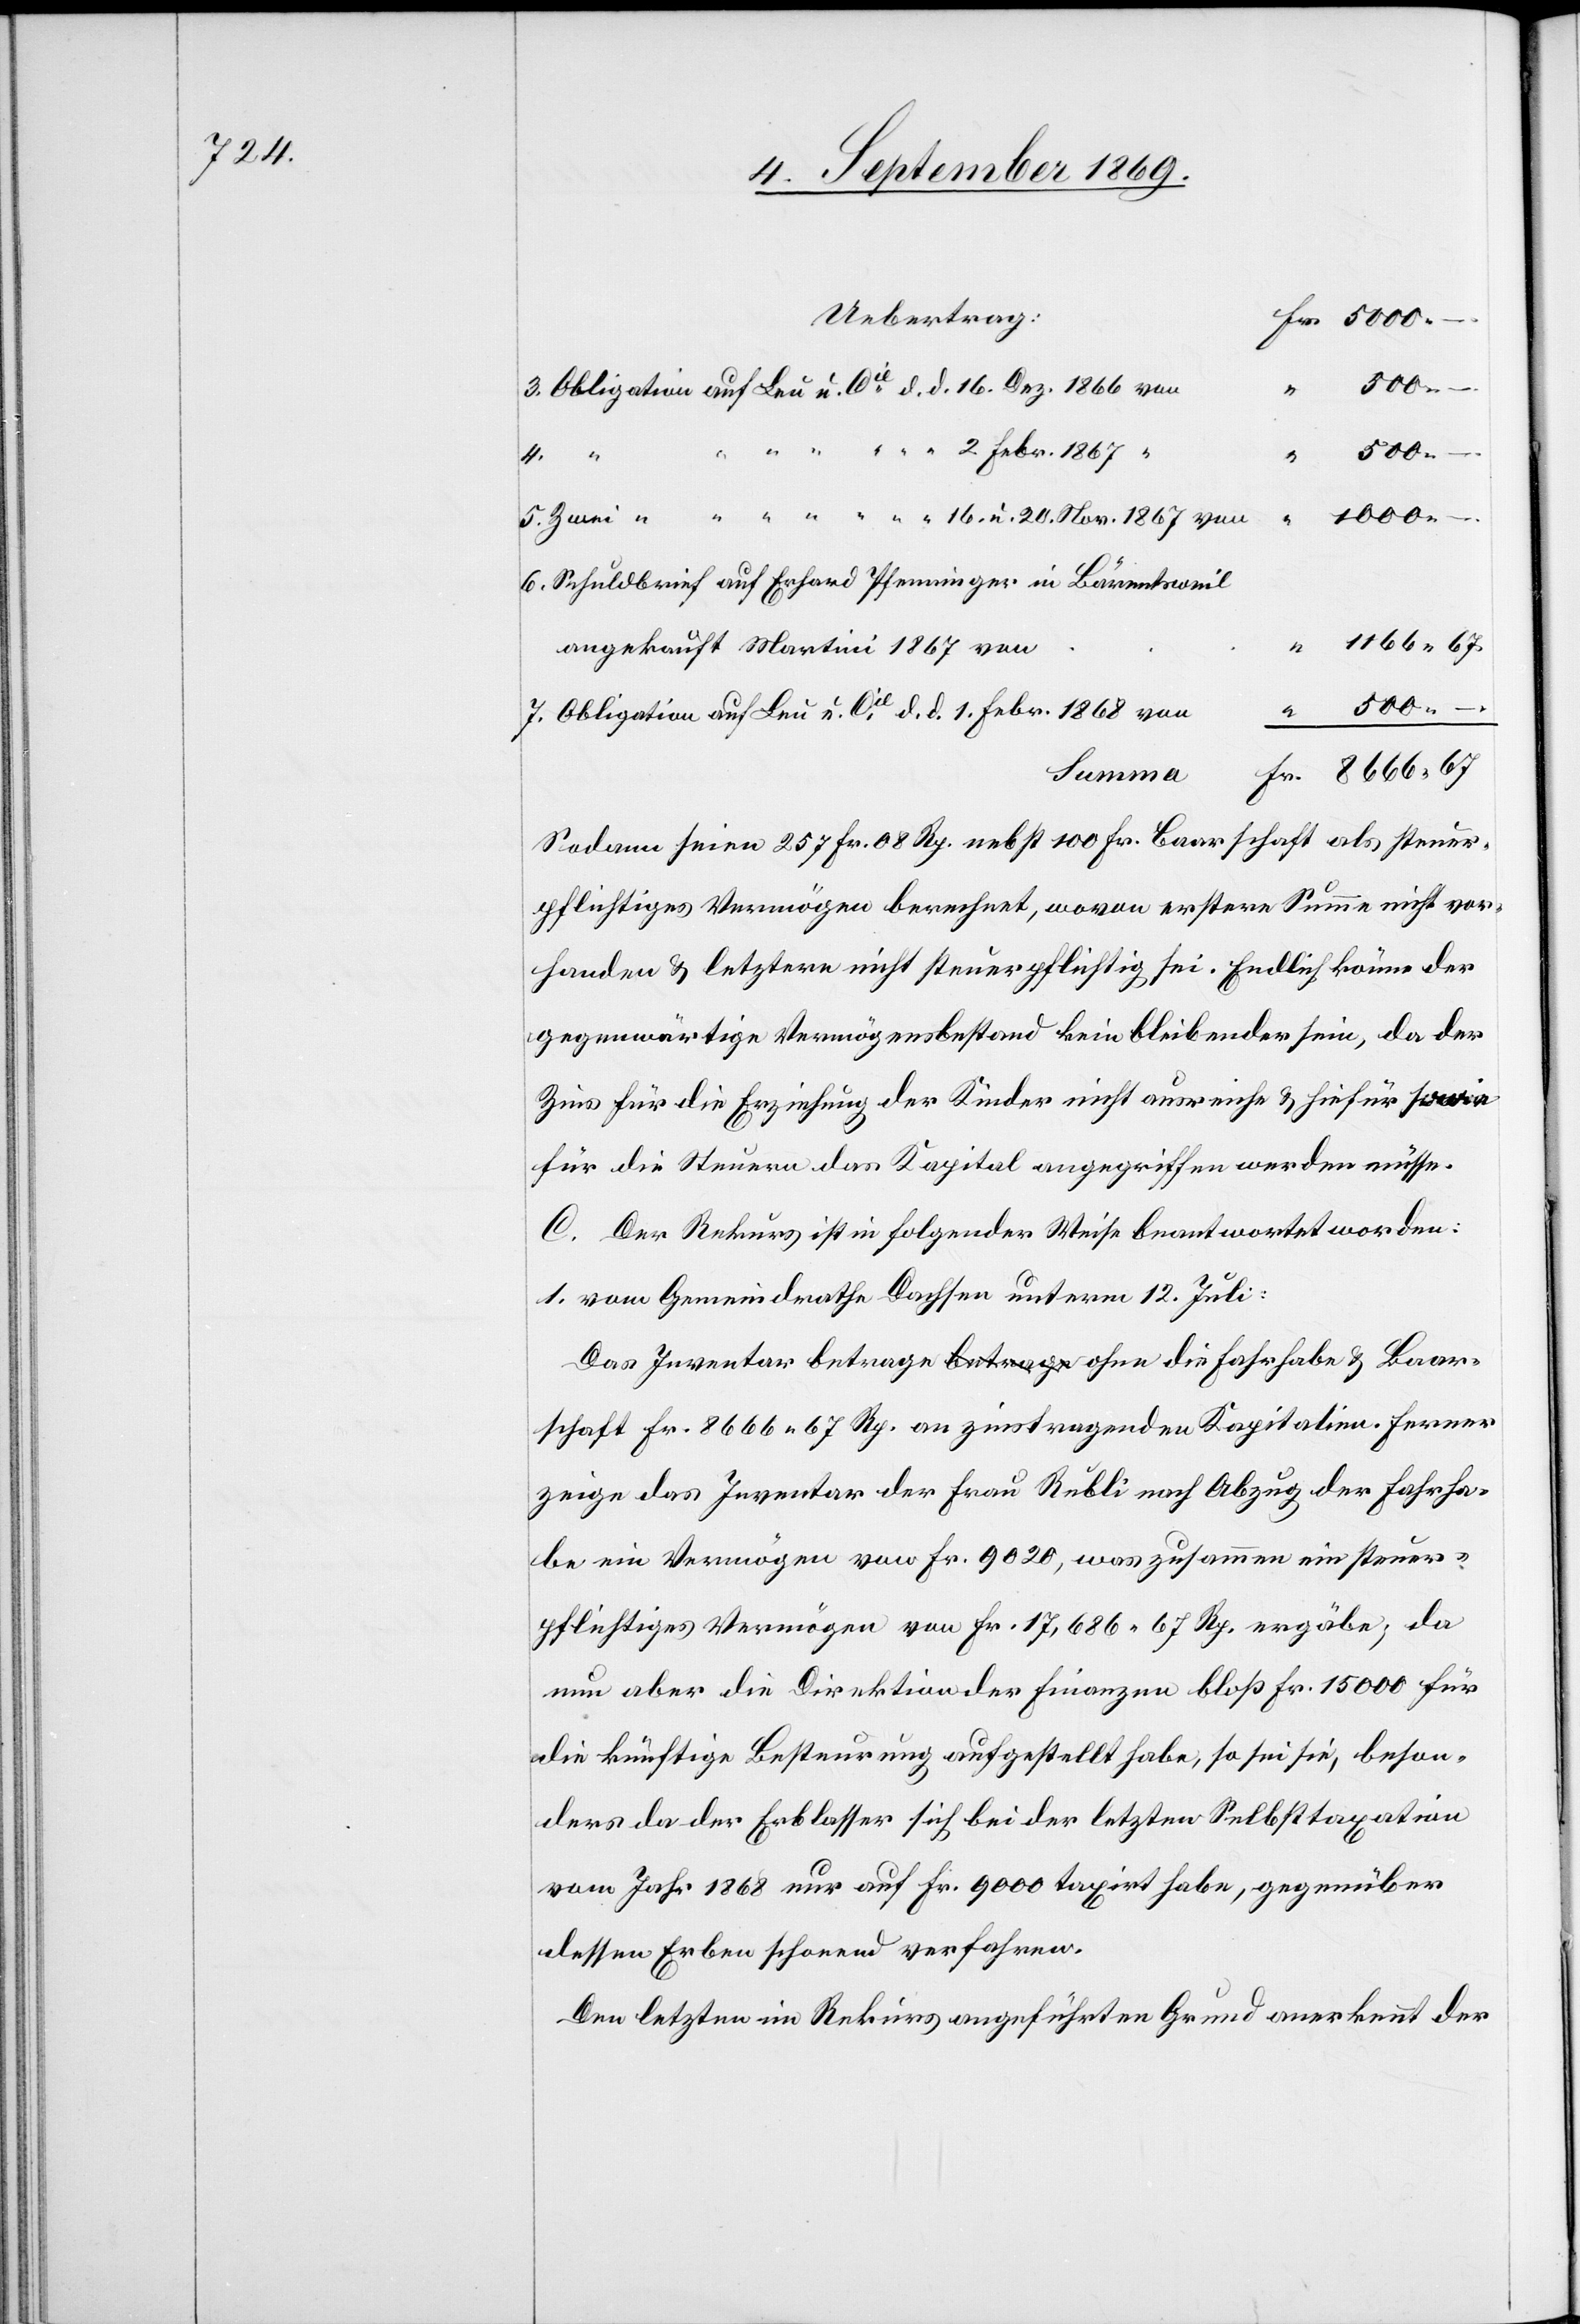
Uebertrag:
7.
500 –
4.
1000 –
6.
Schuldbrief auf Erhard Pfenninger in Bärentsweil
angekauft Martini 1867 von
Obligation auf Leu u. Cie d. d. 1. Febr. 1868 von
Summa
Sodann seien 257 Fr. 08 Rp. nebst 100 Fr. Baarschaft als steuer¬
pflichtiges Vermögen berechnet, wovon erstere Summe nicht vor¬
handen & letztere nicht steuerpflichtig sei. Endlich könne der
gegenwärtige Vermögensbestand kein bleibender sein, da der
Zins für die Erziehung der Kinder nicht ausreiche & hiefür sowie
für die Steuern das Kapital angegriffen werden müsse.
C. Der Rekurs ist in folgender Weise beantwortet worden:
1. vom Gemeindrathe Dachsen unterm 12. Juli:
Das Inventar betrage ohne die Fahrhabe & Baar¬
schaft Fr. 8666 67 Rp. an zinstragenden Kapitalien. Ferner
zeige das Inventar der Frau Rubli nach Abzug der Fahrha¬
be ein Vermögen von Fr. 9020, was zusammen ein steuer¬
pflichtiges Vermögen von Fr. 17,686 67 Rp. ergäbe; da
nun aber die Direktion der Finanzen bloß Fr. 15 000 für
die künftige Besteurung aufgestellt habe, so sei sie, beson¬
ders da der Erblasser sich bei der letzten Selbsttaxation
vom Jahr 1868 nur auf Fr. 9000 taxirt habe, gegenüber
dessen Erben schonend verfahren.
Den letzten im Rekurs angeführten Grund anerkennt der